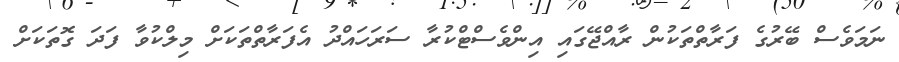
ނަމަވެސް ބޭރުގެ ފަރާތްތަކުން ރާއްޖޭގައި އިންވެސްޓްކުރާ ސަރަހައްދު އެފަރާތްތަކަށް މިލްކުވާ ފަދަ ގޮތަކަށް